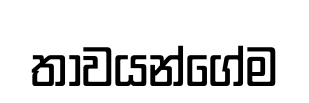
තාවයන්ගේම